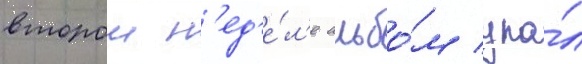
второи н'ед'е́л'е альбо́м упа́л